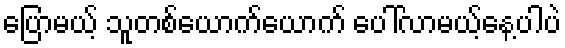
ပြောမယ့် သူတစ်ယောက်ယောက် ပေါ်လာမယ့်နေ့ပါပဲ